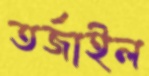
তর্জাইল